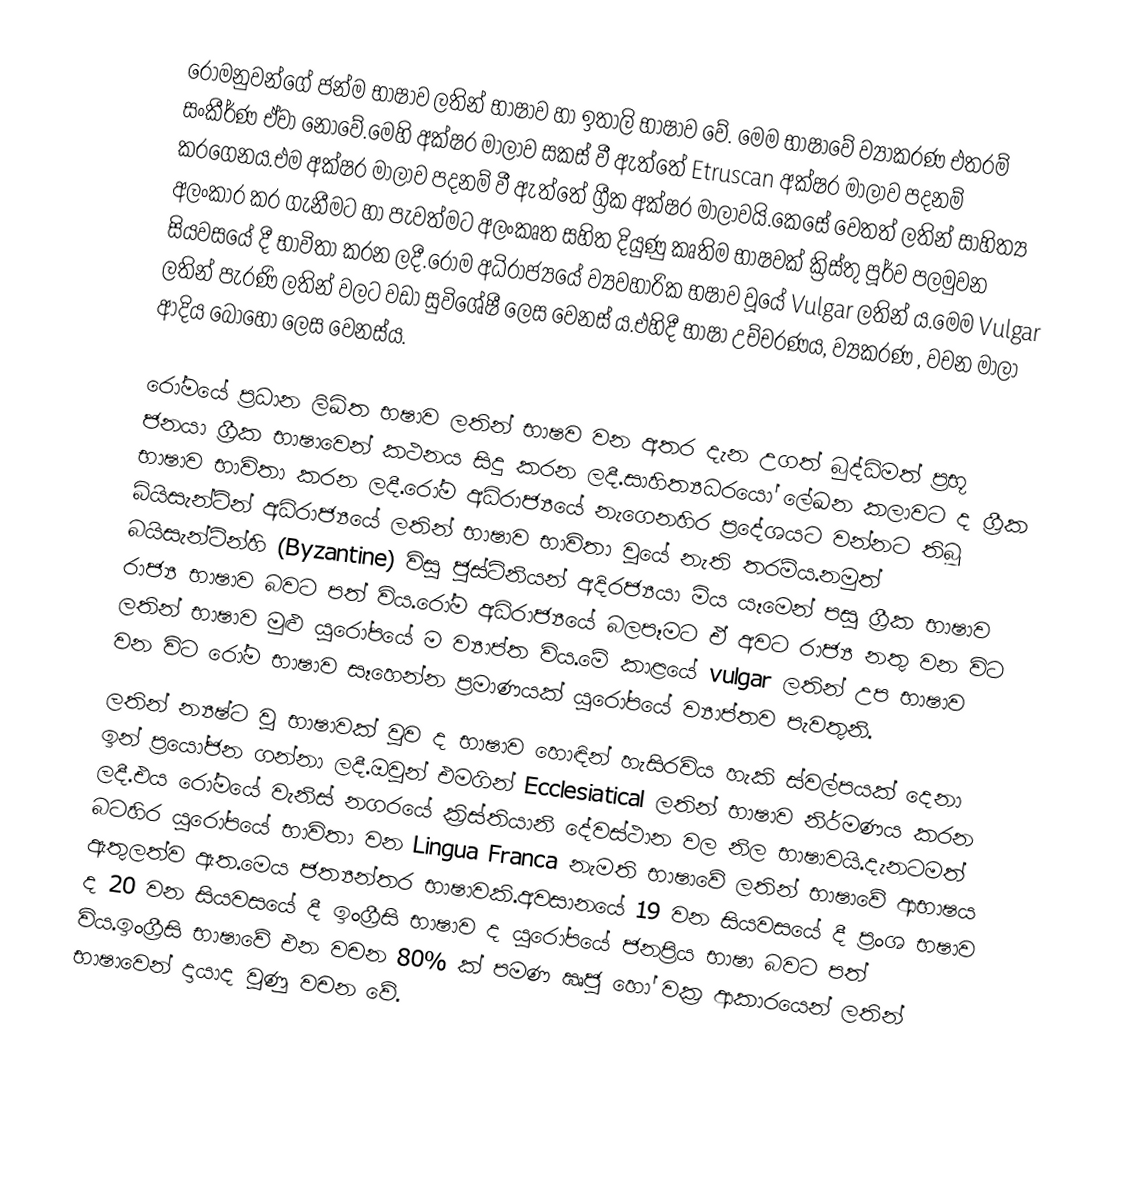
රෝමනුවන්ගේ ජන්ම භාෂාව ලතින් භාෂාව හා ඉතාලි භාෂාව වේ. මෙම භාෂාවේ ව්‍යාකරණ එතරම් සංකීර්ණ ඒවා නොවේ.මෙහි අක්ෂර මාලාව සකස් වී ඇත්තේ Etruscan අක්ෂර මාලාව පදනම් කරගෙනය.එම අක්ෂර මාලාව පදනම් වී ඇත්තේ ග්‍රීක අක්ෂර මාලාවයි.කෙසේ වෙතත් ලතින් සාහිත්‍ය අලංකාර කර ගැනීමට හා පැවත්මට අලංකෘත සහිත දියුණු කෘතිම භාෂවක් ක්‍රිස්තු පූර්ව පලමුවන සියවසයේ දී භාවිතා කරන ලදී.රෝම අධිරාජ්‍යයේ ව්‍යවහාරික භෂාව වූයේ Vulgar ලතින් ය.මෙම  Vulgar ලතින් පැරණි ලතින් වලට වඩා සුවිශේෂී ලෙස වෙනස් ය.එහිදී භාෂා උච්චරණය, ව්‍යකරණ , වචන මාලා ආදිය බොහෝ ලෙස වෙනස්ය.

රෝමයේ ප්‍රධාන ලිඛිත භෂාව ලතින් භාෂව වන අතර දැන උගත් බුද්ධිමත් ප්‍රභූ ජනයා ග්‍රීක භාෂාවෙන් කථනය සිදු කරන ලදී.සාහිත්‍යධරයෝ ලේඛන කලාවට ද ග්‍රීක භාෂාව භාවිතා කරන ලදී.රෝම අධිරාජ්‍යයේ නැගෙනහිර ප්‍රදේශයට වන්නට තිබූ බ්යිසැන්ටින් අධිරාජ්‍යයේ ලතින් භාෂාව භාවිතා වූයේ නැති තරම්ය.නමුත් බයිසැන්ටින්හි (Byzantine) විසූ ජුස්ටිනියන් අදිරජ්‍යයා මිය යෑමෙන් පසු ග්‍රීක භාෂාව රාජ්‍ය භාෂාව බවට පත් විය.රෝම අධිරාජ්‍යයේ බලපෑමට ඒ අවට රාජ්‍ය නතු වන විට ලතින් භාෂාව මුළු යුරෝපයේ ම ව්‍යාප්ත විය.මේ කාළයේ   vulgar ලතින් උප භාෂාව වන විට රෝම භාෂාව සෑහෙන්න ප්‍රමාණයක් යුරෝපයේ ව්‍යාප්තව පැවතුනි.
ලතින් න්‍යෂ්ට වූ භාෂාවක් වුව ද භාෂාව හොඳින් හැසිරවිය හැකි ස්වල්පයක් දෙනා ඉන් ප්‍රයෝජන ගන්නා ලදී.ඔවුන් එමගින්  Ecclesiatical ලතින් භාෂාව නිර්මණය කරන ලදී.එය රෝමයේ වැනිස් නගරයේ ක්‍රිස්තියානි දේවස්ථාන වල නිල භාෂාවයි.දැනටමත් බටහිර යුරෝපයේ භාවිතා වන Lingua Franca නැමති භාෂාවේ ලතින් භාෂාවේ ආභාෂය ඇතුලත්ව ඇත.මෙය ජත්‍යන්තර භාෂාවකි.අවසානයේ 19 වන සියවසයේ දී ප්‍රංශ භෂාව ද 20 වන සියවසයේ දී ඉංග්‍රීසි භාෂාව ද යුරෝපයේ ජනප්‍රිය භාෂා බවට පත් විය.ඉංග්‍රීසි භාෂාවේ එන වචන 80% ක් පමණ ඍජු හෝ වක්‍ර ආකාරයෙන් ලතින් භාෂාවෙන් දායාද වුණු වචන වේ.